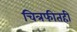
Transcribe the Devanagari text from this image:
चित्रफीतही